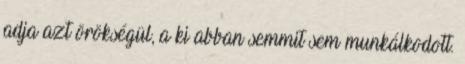
adja azt örökségül, a ki abban semmit sem munkálkodott.